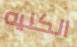
الكليه